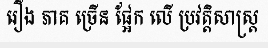
រឿង ភាគ ច្រើន ផ្អែក លើ ប្រវត្តិសាស្ត្រ